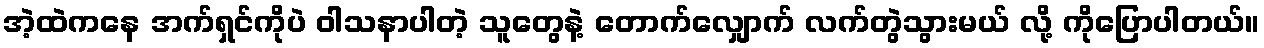
အဲ့ထဲကနေ အက်ရှင်ကိုပဲ ဝါသနာပါတဲ့ သူတွေနဲ့ တောက်လျှောက် လက်တွဲသွားမယ် လို့ ကိုပြောပါတယ်။